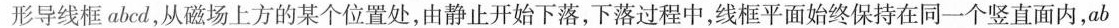
形导线框abcd，从磁场上方的某个位置处，由静止开始下落，下落过程中，线框平面始终保持在同一个竖直面内，ab